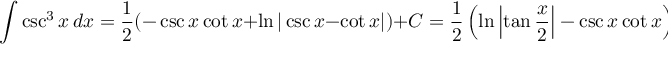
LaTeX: \int \csc ^ { 3 } x \, d x = { \frac { 1 } { 2 } } ( - \csc x \cot x + \ln | \csc x - \cot x | ) + C = { \frac { 1 } { 2 } } \left( \ln \left| \tan { \frac { x } { 2 } } \right| - \csc x \cot x \right) + C